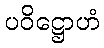
ပဝိဋ္ဌောဟံ